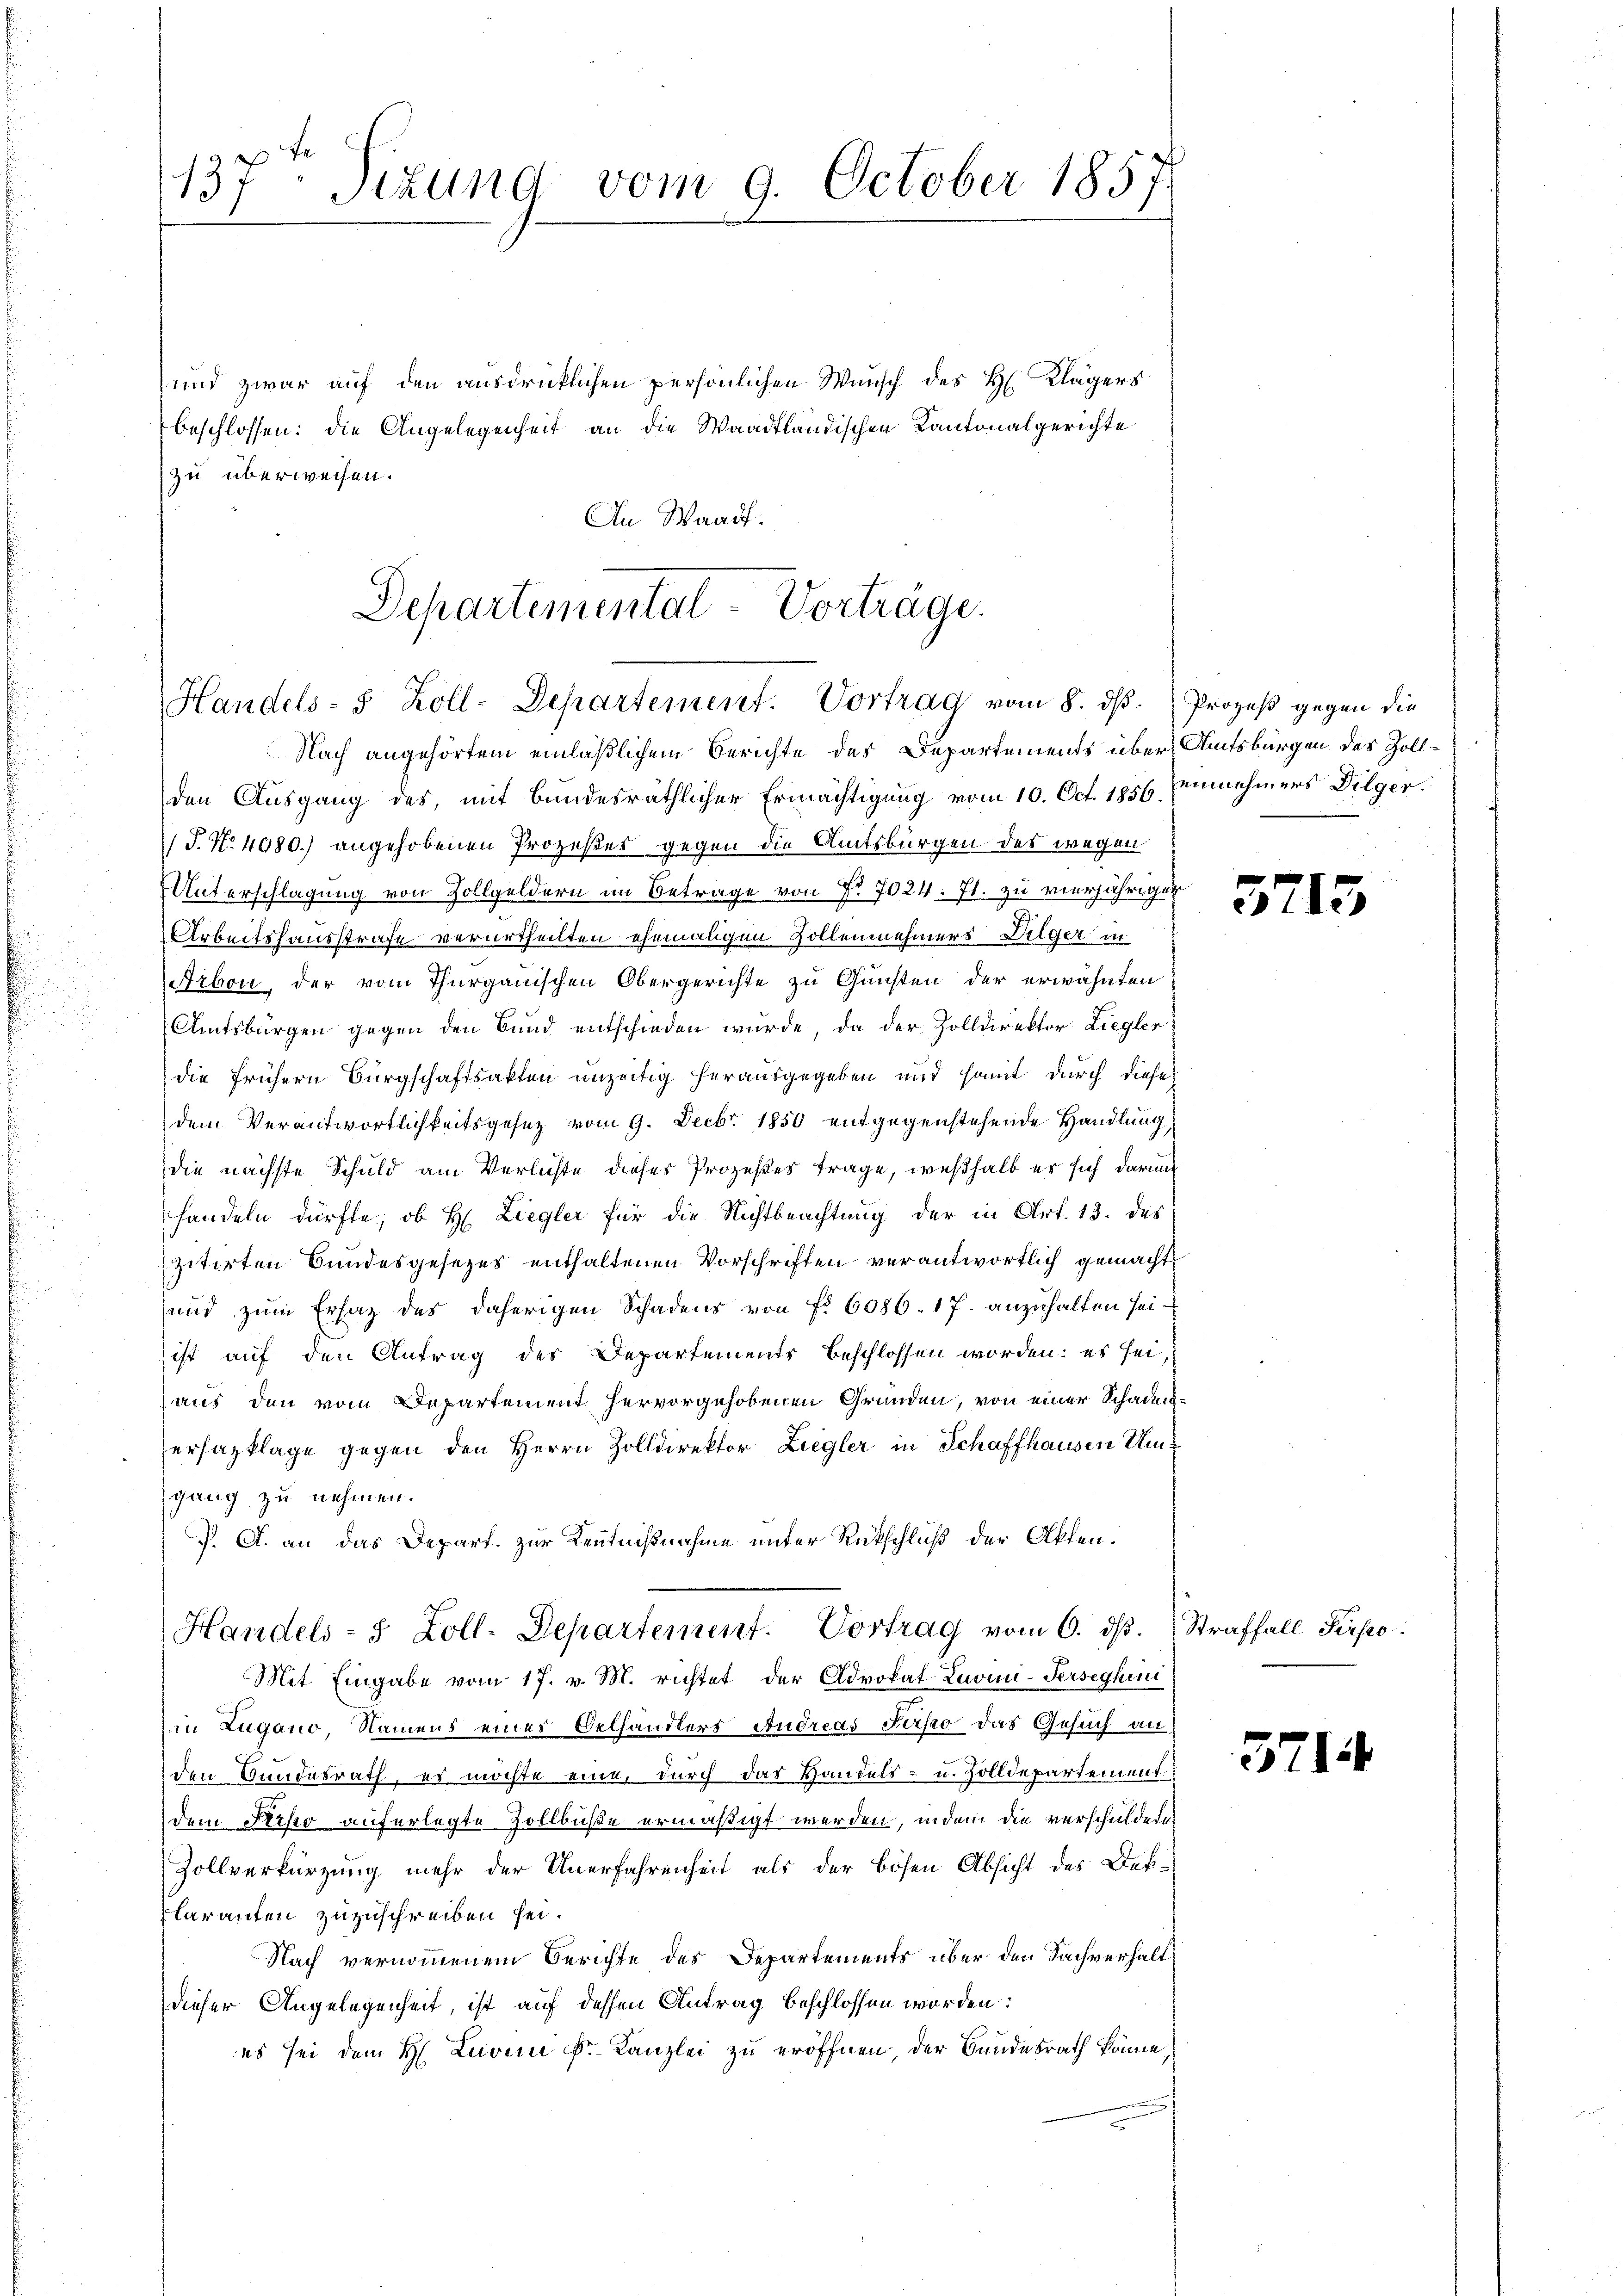
137: Tizung vom 9. October 1857

und zwar auf den ausdrücklichen persönlichen Wunsch des H. Klägers
beschlossen: die Angelegenheit an die Waadtländischen Kantonalgerichte
zu überweisen.
An Waadt.

Departemental-Vorträge.
Handels- 8 Zoll-Departement. Vortrag vom 8. ds. Prozeß gegen die
Nach angehörtem einläßlichem Berichte des Departements über Amtsbürgen des Zoll¬

den Ausgang des, mit bundesräthlicher Ermächtigung vom 10. Oct. 1856. Einnehmers Dilger
J. No 4080.) angehobenen Prozeßes gegen die Amtsbürgen des wegen
Unterschlagung von Zollgeldern im Betrage von No. 7024. 71. zu vierjähriger
Arbeitshausstrafe verurtheilten ehemaligen Sollennehmers Dilger in
Arbon, der vom Thurgauischen Obergerichte zu Gunsten der erwähnten
Amtsbürgen gegen den Bund entschieden wurde, da der Zolldirektor Liegler
die frühern Bürgschaftsakten unzeitig herausgegeben und somit durch diese
dem Verantwortlichkeitsgesetz vom 9. Decbr. 1850 entgegenstehende Handlung,
die nächste Schuld am Verlichte dieser Prozeßes Frage, weßhalb es sich darauf
handeln dürfte, ob H: Liegler für die Nichtbeachtung der in Art. 13. des
zitirten Bundesgesezes enthaltenen Vorschriften verantwortlich gemacht,
und zum Ersatz des daherigen Schadens von fr. 6086. 17. anzuhalten sei.
ist auf den Antrag des Departements beschlossen worden: es sei,
aus den vom Departement hervorgehobenen Gründen, von einer Schadenersazklage gegen den Herrn Zolldirektor Ziegler in Schaffhausen Umgang zu nehmen.
. A. an das Depart. zur Kenntnißnahme unter Rückschluß der Akten.
Handels- 5 Zoll. Departement. Vortrag vom 6. dβ. Straffall Pirpo¬
Mit Eingabe vom 17. v. M. richtet der Advokat Luvini-Perseghin
in Lugano, Namens eines Belhändlers Andreas Perso das Gesuch an
den Bundesrath, es möchte eine, durch das Handels- u. Zolldepartement
dem Perso auferlegte Zollbuße ermäßigt werden, indem die verschuldeten
Zollverkürzung mehr der Unerfahrenheit als der bösen Absicht des Deklaranten zuzuschreiben sei.
Nach vernommenem Berichte des Departements über den Sachverhaltdieser Angelegenheit, ist auf dessen Antrag beschlossen worden:
es sei dem H. Luvii Dr. Kanzlei zu eröffnen, der Bundesrath könne,

3715

3714